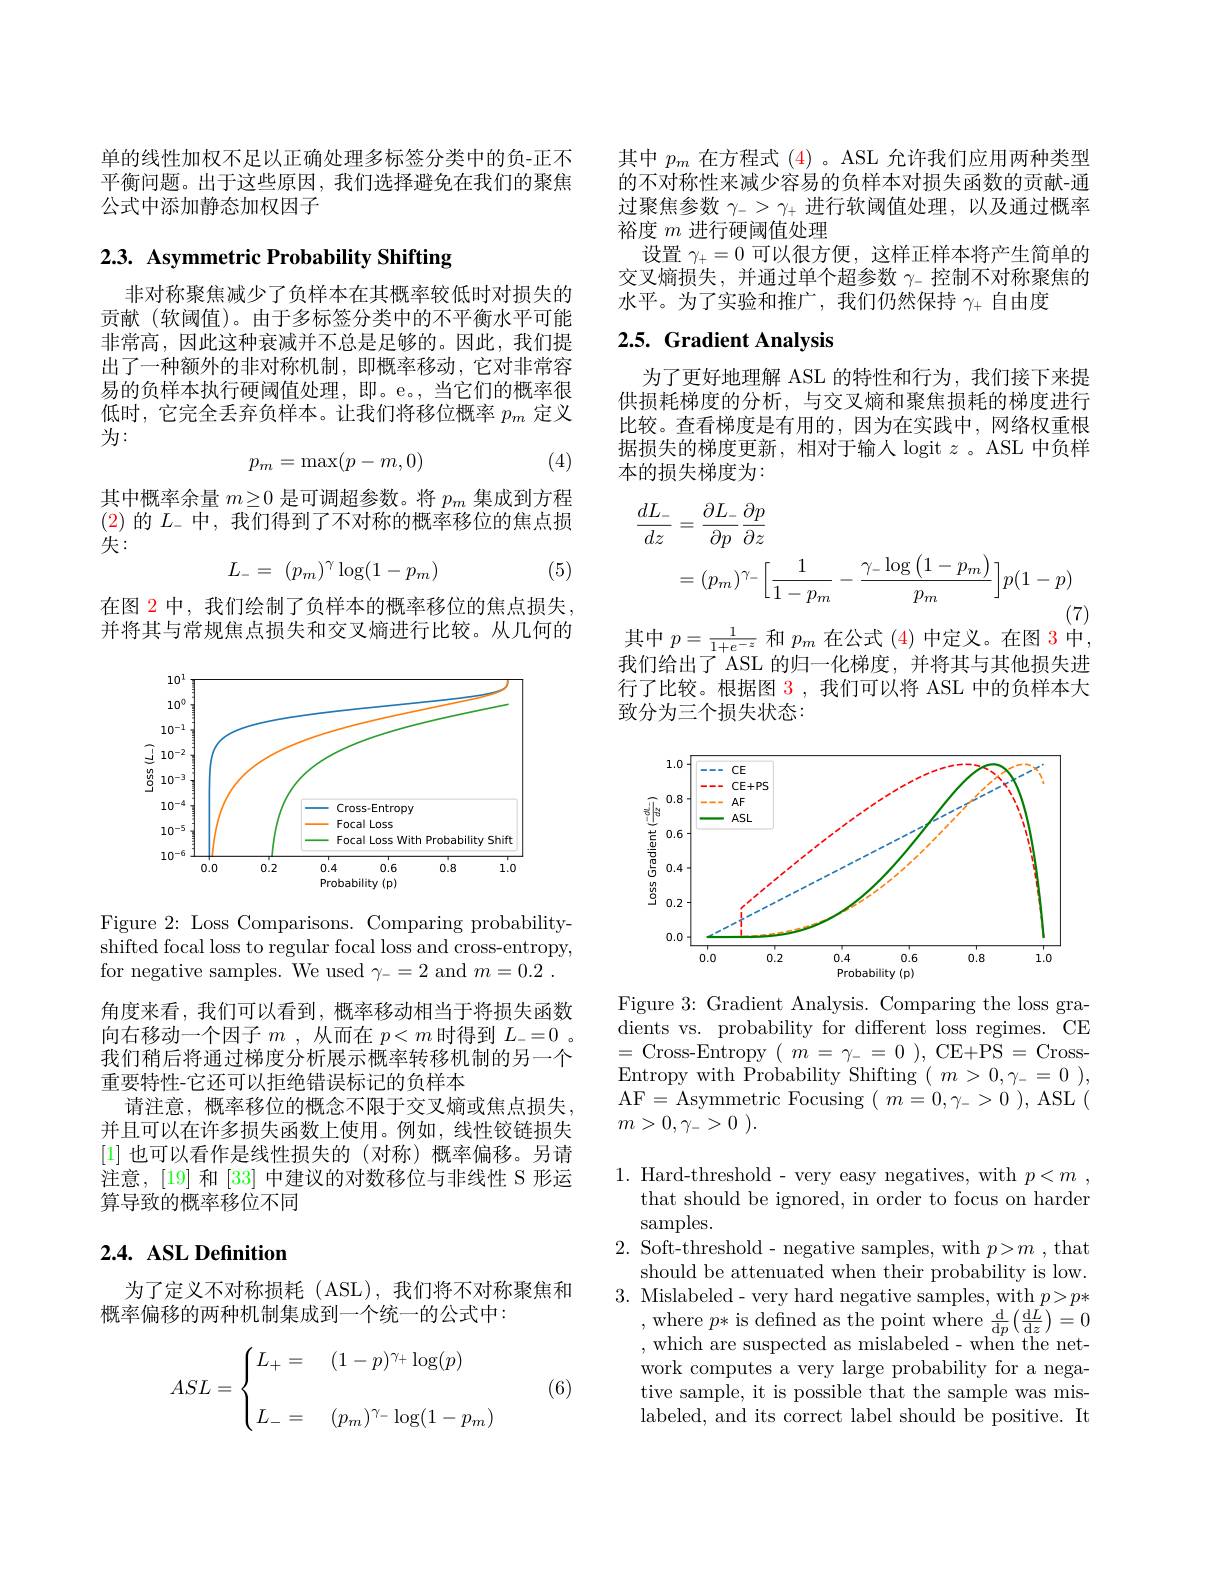
单的线性加权不足以正确处理多标签分类中的负-正不平衡问题。出于这些原因，我们选择避免在我们的聚焦公式中添加静态加权因子

## 2.3. Asymmetric Probability Shifting

非对称聚焦减少了负样本在其概率较低时对损失的贡献(软阈值)。由于多标签分类中的不平衡水平可能非常高，因此这种衰减并不总是足够的。因此，我们提出了一种额外的非对称机制，即概率移动，它对非常容易的负样本执行硬阈值处理，即。e。,当它们的概率很低时，它完全丢弃负样本。让我们将移位概率$p_m$定义为：
$$p_m=\max(p-m,0)$$
(4)

其中概率余量$m\geq0$是可调超参数。将$p_m$集成到方程(2)的$L_-$中，我们得到了不对称的概率移位的焦点损失：
$$L_-=\:(p_m)^\gamma\log(1-p_m)$$
(5)

在图 2 中，我们绘制了负样本的概率移位的焦点损失。并将其与常规焦点损失和交叉熵进行比较。从几何的

<FigureHere>

Figure 2{:} Loss Comparisons. Comparing probabilityshifted focal loss to regular focal loss and cross-entropy, for negative samples. We used $\gamma_-=2$ and $m= 0. 2$ . 角度来看，我们可以看到，概率移动相当于将损失函数向右移动一个因子$m$ ,从而在$p<m$时得到$L_-=0$ 。我们稍后将通过梯度分析展示概率转移机制的另一个重要特性-它还可以拒绝错误标记的负样本
请注意，概率移位的概念不限于交叉熵或焦点损失。并且可以在许多损失函数上使用。例如，线性铰链损失[1]也可以看作是线性损失的(对称)概率偏移。另请注意，[19] 和 [33] 中建议的对数移位与非线性 S 形运算导致的概率移位不同

## $2. 4. \textbf{ ASL Definition}$

为了定义不对称损耗(ASL),我们将不对称聚焦和
概率偏移的两种机制集成到一个统一的公式中：

(6)
$$ASL=\begin{cases}L_+=&(1-p)^{\gamma_+}\log(p)\\\\L_-=&(p_m)^{\gamma_-}\log(1-p_m)\end{cases}$$
其中$p_m$在方程式(4)。ASL 允许我们应用两种类型的不对称性来减少容易的负样本对损失函数的贡献-通过聚焦参数$\gamma_->\gamma_+$进行软阈值处理，以及通过概率裕度$m$进行硬阈值处理
设置$\gamma_+=0$可以很方便，这样正样本将产生简单的交叉熵损失，并通过单个超参数$\gamma_-$控制不对称聚焦的水平。为了实验和推广，我们仍然保持$\gamma_+$自由度

## 2.5. Gradient Analysis

为了更好地理解 ASL 的特性和行为，我们接下来提供损耗梯度的分析，与交叉熵和聚焦损耗的梯度进行比较。查看梯度是有用的，因为在实践中，网络权重根据损失的梯度更新，相对于输入 logit $z$ 。ASL 中负样本的损失梯度为：
$$\begin{aligned}\frac{dL_{-}}{dz}&=\frac{\partial L_{-}}{\partial p}\frac{\partial p}{\partial z}\\&=(p_{m})^{\gamma_{-}}\Big[\frac{1}{1-p_{m}}-\frac{\gamma_{-}\log\left(1-p_{m}\right)}{p_{m}}\Big]p(1-p)\end{aligned}$$
其中$p=\frac1{1+e^{-z}}$和$p_m$在公式 (4) 中定义。在图 3 中

我们给出了 ASL 的归一化梯度，并将其与其他损失进行了比较。根据图 3,我们可以将 ASL 中的负样本大致分为三个损失状态：

<FigureHere>

Figure 3: Gradient Analysis. Comparing the loss gradients vs. probability for different loss regimes. CE =Cross-Entropy$(m=\gamma_-=0)$,CE+PS=CrossEntropy with Probability Shifting $(m>0,\gamma_{-}=0)$, AF=Asymmetric Focusing$(m=0,\gamma_->0)$, ASL( $m> 0, \gamma _{- }> 0$ ).

1. Hard-threshold- very easy negatives, with $p< m$ ,
that should be ignored, in order to focus on harder
samples.
2. Soft-threshold- negative samples, with $p>m$ , that
should be attenuated when their probability is low. 3. Mislabeled- very hard negative samples, with $p>p*$
$\begin{array}{l}{,\mathrm{~where~}p*\mathrm{~is~defined~as~the~point~where~}\frac{\mathrm{d}}{\mathrm{d}p}\left(\frac{\mathrm{d}L}{\mathrm{d}z}\right)=0}\\{,\mathrm{~which~are~suspected~as~mislabeled~-~when~the~net-}}\end{array}$ work computes a very large probability for a negative sample, it is possible that the sample was mislabeled, and its correct label should be positive. It